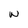
Character: W